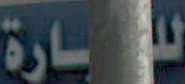
للحارة